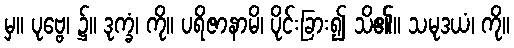
မှ။ ပုဗ္ဗေ၊ ၌။ ဒုက္ခံ၊ ကို။ ပရိဇာနာမိ၊ ပိုင်းခြား၍ သိ၏။ သမုဒယံ၊ ကို။